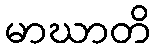
မာဃာတိ